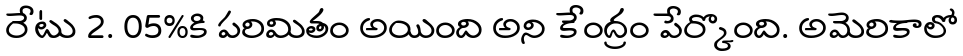
రేటు 2. 05%కి పరిమితం అయింది అని కేంద్రం పేర్కొంది. అమెరికాలో